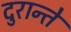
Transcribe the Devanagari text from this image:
दुरान्ते